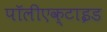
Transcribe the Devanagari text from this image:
पॉलीएक्टाइड